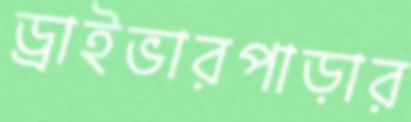
ড্রাইভারপাড়ার